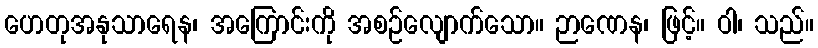
ဟေတုအနုသာရေန၊ အကြောင်းကို အစဉ်လျောက်သော။ ဉာဏေန၊ ဖြင့်။ ဝါ၊ သည်။